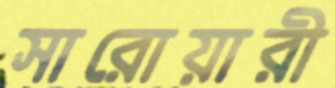
সারোয়ারী